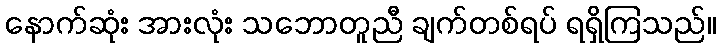
နောက်ဆုံး အားလုံး သဘောတူညီ ချက်တစ်ရပ် ရရှိကြသည်။